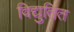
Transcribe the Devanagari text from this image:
विद्युतित